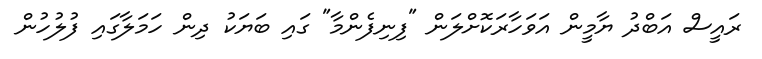
ރައީސް އަބްދު ޔާމީން އަވަހާރަކޮށްލަން "ފިނިފެންމާ" ގައި ބަޔަކު ދިން ހަމަލާގައި ފުލުހުން